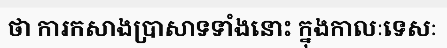
ថា ការកសាងប្រាសាទទាំងនោះ ក្នុងកាលៈទេសៈ